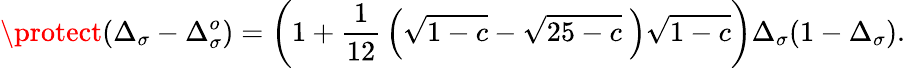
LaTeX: \protect(\Delta_{\sigma}-\Delta_{\sigma}^{o})=\left(1+{\frac{1}{12}}\left(\sqrt{1-c}-\sqrt{25-c}~\right)\sqrt{1-c}\right)\Delta_{\sigma}(1-\Delta_{\sigma}).